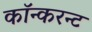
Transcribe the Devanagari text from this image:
कॉन्करन्ट